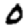
Digit: 0